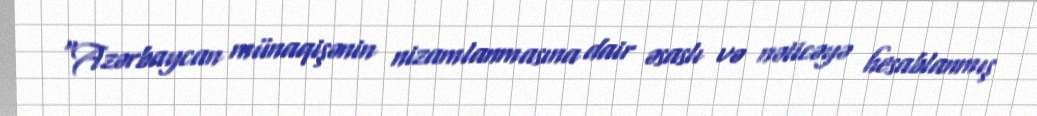
“Azərbaycan münaqişənin nizamlanmasına dair əsaslı və nəticəyə hesablanmış